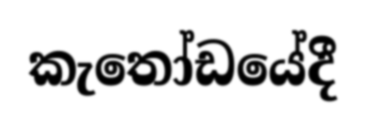
කැතෝඩයේදී